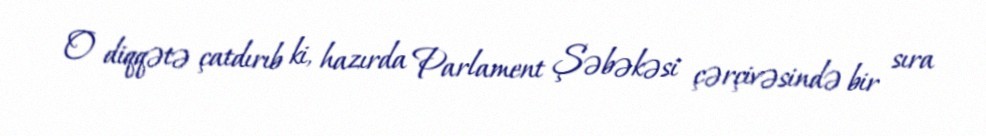
O diqqətə çatdırıb ki, hazırda Parlament Şəbəkəsi çərçivəsində bir sıra